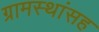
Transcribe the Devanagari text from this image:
ग्रामस्थांसह